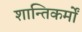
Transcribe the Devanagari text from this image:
शान्तिकर्मों